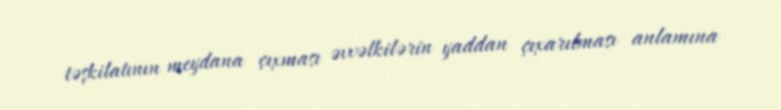
təşkilatının meydana çıxması əvvəlkilərin yaddan çıxarılması anlamına